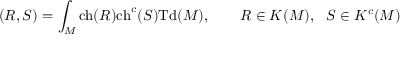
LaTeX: ( R , S ) = \int _ { M } \mathrm { c h } ( R ) \mathrm { c h } ^ { c } ( S ) \mathrm { T d } ( M ) , \qquad R \in K ( M ) , ~ ~ S \in K ^ { c } ( M )